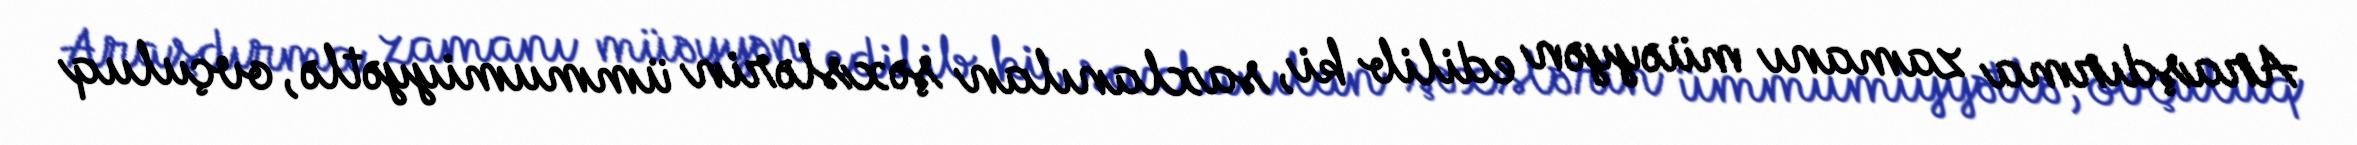
Araşdırma zamanı müəyyən edilib ki, saxlanılan şəxslərin ümmumiyyətlə, ovçuluq